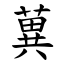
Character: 䔬